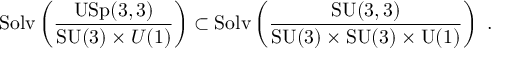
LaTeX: \mathrm { S o l v } \left( \frac { \mathrm { U S p } ( 3 , 3 ) } { \mathrm { S U } ( 3 ) \times { U } ( 1 ) } \right) \subset \mathrm { S o l v } \left( \frac { \mathrm { S U } ( 3 , 3 ) } { \mathrm { S U } ( 3 ) \times \mathrm { S U } ( 3 ) \times \mathrm { U } ( 1 ) } \right) ~ .